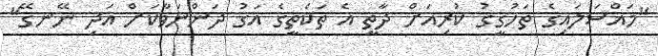
"މައްސަލައިގެ ތަހުގީގު ކުރިއަށް ދާތީ އެ ތަކެތީގެ އަގު ދަންނަވާކަށް އަދި ނޭނގޭ"